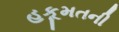
હકૂમતની